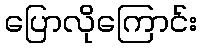
ပြောလိုကြောင်း